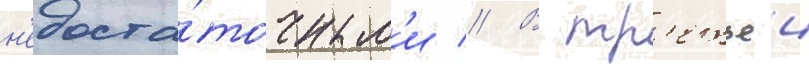
н'едоста́точным'и // В тр'етьеи